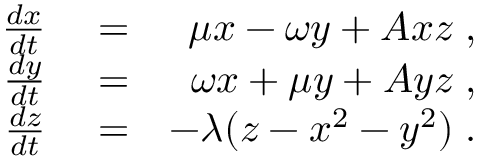
\begin{array} { r l r } { \frac { d x } { d t } } & { { } = } & { \mu x - \omega y + A x z \; , } \\ { \frac { d y } { d t } } & { { } = } & { \omega x + \mu y + A y z \; , } \\ { \frac { d z } { d t } } & { { } = } & { - \lambda ( z - x ^ { 2 } - y ^ { 2 } ) \; . } \end{array}